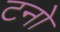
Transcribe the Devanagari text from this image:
टनो